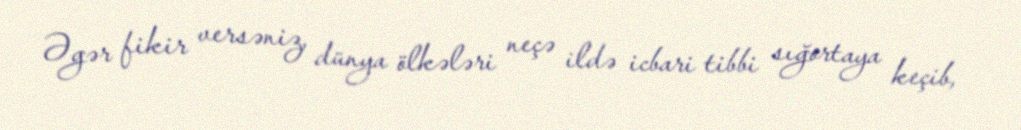
Əgər fikir versəniz, dünya ölkələri neçə ildə icbari tibbi sığortaya keçib,